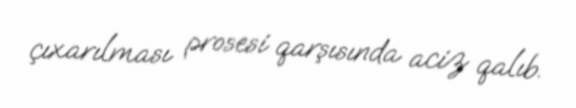
çıxarılması prosesi qarşısında aciz qalıb.